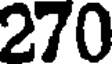
270